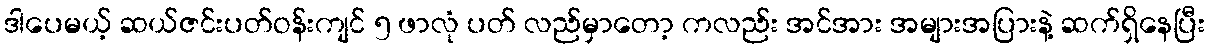
ဒါပေမယ့် ဆယ်ဇင်းပတ်ဝန်းကျင် ၅ ဖာလုံ ပတ် လည်မှာတော့ ကလည်း အင်အား အများအပြားနဲ့ ဆက်ရှိနေပြီး